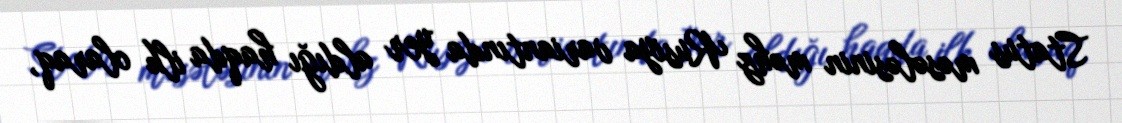
Status məsələsinin məhz Rusiya variantında yer aldığı haqda ilk olaraq,